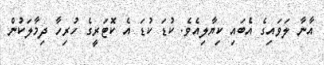
އާނާ ލަވައިގެ އެބައި ކިޔާލިއެވެ. ކުޑަ ކުޑަ އެ ކޮޓަރީގެ ހުރިހާ ދިމާލަކުން